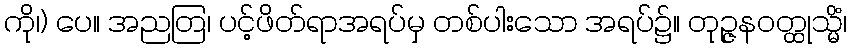
ကို၊) ပေ။ အညတြ၊ ပင့်ဖိတ်ရာအရပ်မှ တစ်ပါးသော အရပ်၌။ တုဉ္ဇနဝတ္ထုသ္မိံ၊